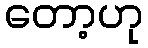
တော့ဟု